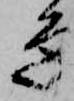
ゑ